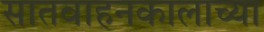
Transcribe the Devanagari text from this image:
सातवाहनकालाच्या